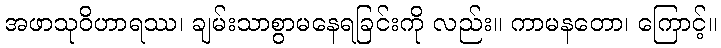
အဖာသုဝိဟာရဿ၊ ချမ်းသာစွာမနေရခြင်းကို လည်း။ ကာမနတော၊ ကြောင့်။